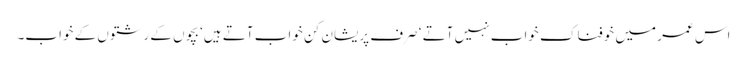
اس عمر میں خوفناک خواب نہیں آتے ‘ صرف پریشان کن خواب آتے ہیں‘ بچوں کے رشتوں کے خواب۔